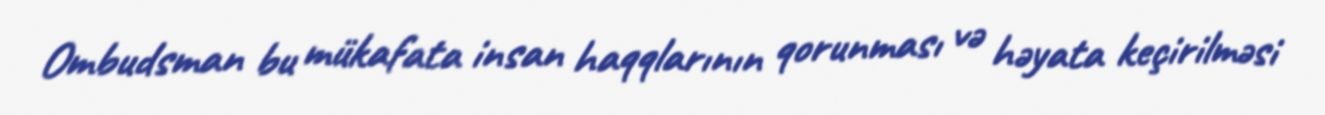
Ombudsman bu mükafata insan haqqlarının qorunması və həyata keçirilməsi